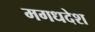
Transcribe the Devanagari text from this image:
मगधदेश